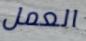
العمل